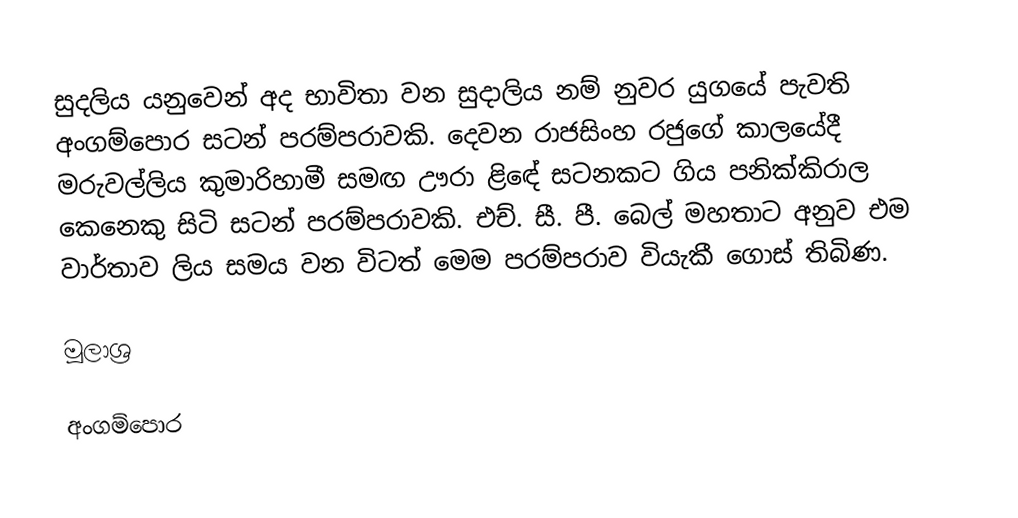
සුදලිය යනුවෙන් අද භාවිතා වන සුදාලිය නම් නුවර යුගයේ පැවති අංගම්පොර සටන් පරම්පරාවකි. දෙවන රාජසිංහ රජුගේ කාලයේදී  මරුවල්ලිය කුමාරිහාමී සමඟ ඌරා ළිඳේ සටනකට ගිය පනික්කිරාල කෙනෙකු සිටි සටන් පරම්පරාවකි. එච්. සී. පී. බෙල් මහතාට අනුව එම වාර්තාව ලිය සමය වන විටත් මෙම පරම්පරාව වියැකී ගොස් තිබිණ.

මූලාශ්‍ර

අංගම්පොර